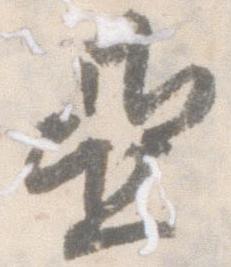
亜